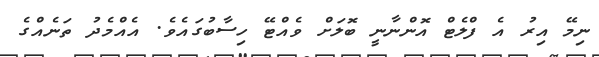
ނިމޭ އިރު އެ ފްލެޓް އޮންނާނީ ބޮލަށް ވެއްޓޭ ހިސާބުގައެވެ. އެއްމެދު ތަނެއްގެ